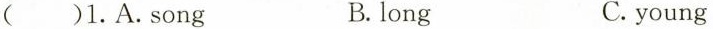
( )1.A.Song B.long C.young